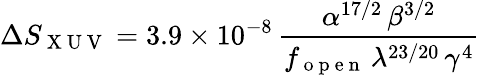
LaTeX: \Delta S_{\mathrm{~X~U~V~}}=3.9\times 10^{-8}\, \frac{\alpha^{17/2}\, \beta^{3/2}}{f_{\mathrm{~o~p~e~n~}}\, \lambda^{23/20}\, \gamma^{4}}